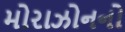
મોરાઝોનનો